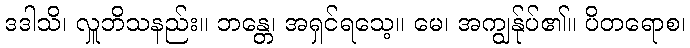
ဒဒါသိ၊ လှူဘိသနည်း။ ဘန္တေ၊ အရှင်ရသေ့။ မေ၊ အကျွန်ုပ်၏။ ပိတရောစ၊